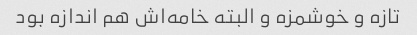
تازه و خوشمزه و البته خامه‌اش هم اندازه بود